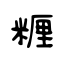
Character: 糎